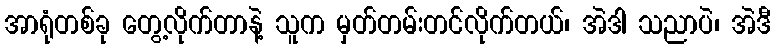
အာရုံတစ်ခု တွေ့လိုက်တာနဲ့ သူက မှတ်တမ်းတင်လိုက်တယ်၊ အဲဒါ သညာပဲ၊ အဲဒီ